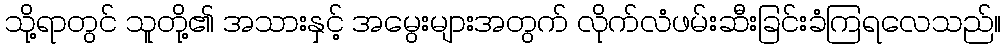
သို့ရာတွင် သူတို့၏ အသားနှင့် အမွေးများအတွက် လိုက်လံဖမ်းဆီးခြင်းခံကြရလေသည်။